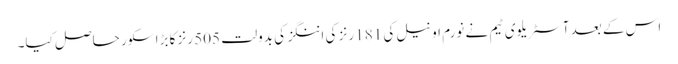
اس کے بعد آسٹریلوی ٹیم نے نورم او نیل کی 181 رنز کی اننگز کی بدولت 505 رنز کا بڑا سکور حاصل کیا۔